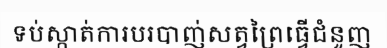
ទប់ស្កាត់ការបរបាញ់សត្វព្រៃធ្វើជំនួញ